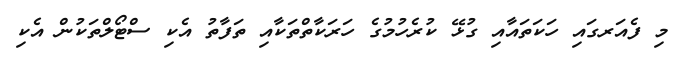
މި ފެއަރގައި ހަކަތައާއި ގުޅޭ ކުރެހުމުގެ ހަރަކާތްތަކާއި ތަފާތު އެކި ސްޓޯލްތަކުން އެކި